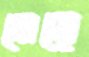
মেয়ে